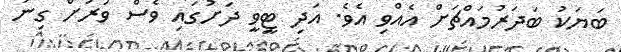
ބަޔަކު ބަދަރުމައްޗަށް އެއްވި އެވެ. އަދި ޓީވީ ދަށުގައި ވެސް ވަރަށް ގިނަ